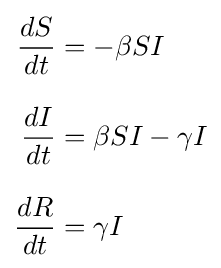
{\begin{aligned}{\frac {dS}{dt}}&=-\beta SI\\[8pt]{\frac {dI}{dt}}&=\beta SI-\gamma I\\[8pt]{\frac {dR}{dt}}&=\gamma I\end{aligned}}